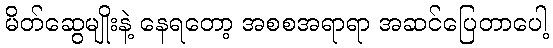
မိတ်ဆွေမျိုးနဲ့ နေရတော့ အစစအရာရာ အဆင်ပြေတာပေါ့